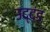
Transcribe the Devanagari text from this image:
उद्‌दंड